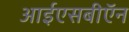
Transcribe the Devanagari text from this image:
आईएसबीऍन